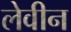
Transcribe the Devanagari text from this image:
लेवीन